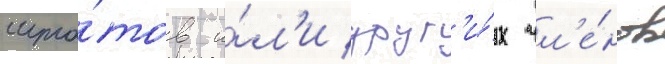
шта́тов и́л'и друг'и́х чл'е́нов